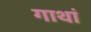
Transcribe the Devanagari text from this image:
गाथां